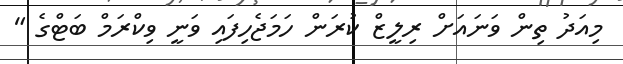
މިއަދު ތިން ވަނައަށް ރިލީޒް ކުރަން ހަމަޖެހިފައި ވަނީ ވިކްރަމް ބަޓްގެ "